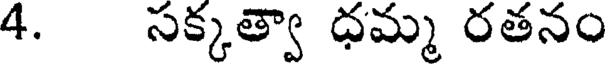
4. సక్కత్వా ధమ్మ రతనం